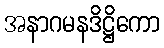
အနာဂမနဒိဋ္ဌိကော